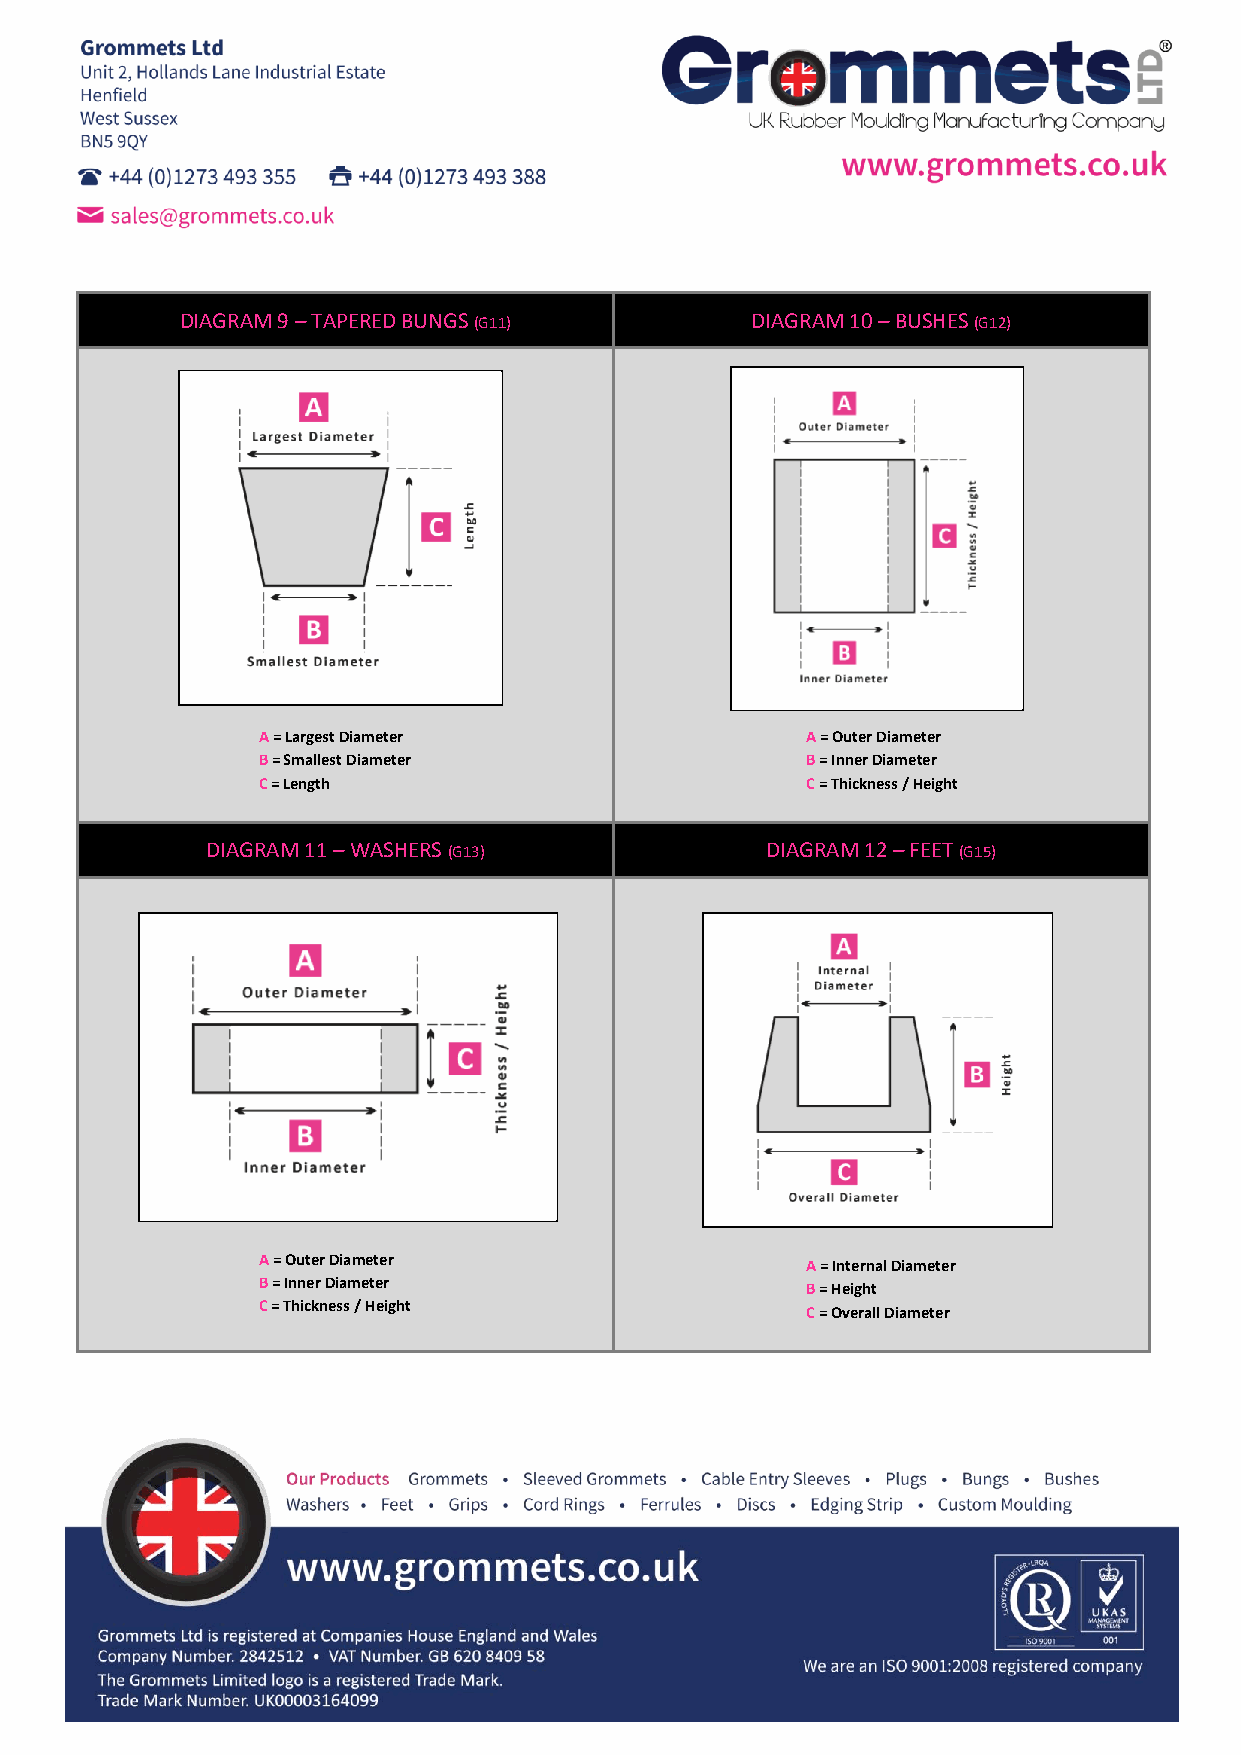
DIAGRAM 9 – TAPERED BUNGS (G11)       DIAGRAM 10 – BUSHES (G12)
 A = Largest Diameter                A = Outer Diameter
 B = Smallest Diameter               B = Inner Diameter
 C = Length                          C = Thickness / Height
 DIAGRAM 11 – WASHERS (G13)           DIAGRAM 12 – FEET (G15)                  OOOOFF
 BBlliinndd AAccrroossss TThhee FFaaccee
 OOOOCC
 BBlliinndd AAccrroossss TThhee CCeennttrree
 a = Panel Hole
 b = Panel Thickness
 c = Overall
 Diameter
 d = Inner Diameter
 A = Outer Diameter                  A = Internal Diameter
 B = Inner Diameter                  B = Height
 C = Thickness / Height              C = Overall Diameter